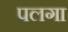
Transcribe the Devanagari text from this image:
पलगा